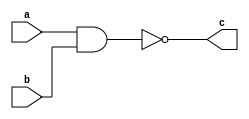
module nand_gate(a,b,c);
input a,b;
output c;

nand n1(c,a,b);
endmodule